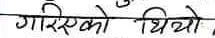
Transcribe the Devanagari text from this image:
गरिएको थियो